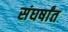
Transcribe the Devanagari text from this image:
संघर्षांत